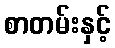
စာတမ်းနှင့်